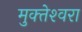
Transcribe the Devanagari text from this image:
मुक्‍तेश्‍वरा